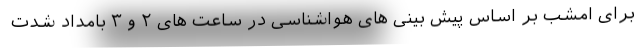
برای امشب بر اساس پیش بینی های هواشناسی در ساعت های ۲ و ۳ بامداد شدت